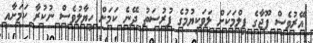
އޭރުވެސް ޕޫޖާގެ ފިލްމަކަށް ލަވަކިޔުމުގެ ފުރުސަތު ދޭނެ ކަމަށް ހިޔާލުވެސް ނުކުރާ ކަމަށާއި